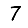
Digit: 7